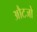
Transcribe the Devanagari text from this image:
औटजो